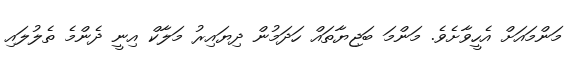
މަންމައަށް އެހީވާށެވެ. މަންމަ ބަޖިޔާތައް ހަދަމުން ދިޔައިރު މަލާކް އިނީ ދެންމެ ތެލުލައި